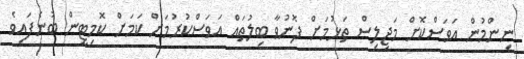
ނިންމުން އަވަސްކޮށް މަޖިލިސް ތަޅުމަށް ފޮނުވާ ބިލުތައް އަވަސްކުރުމަށް ކަމަށް ކޮމިޓީން ބުނެފައިވެ